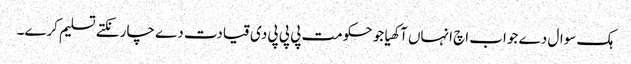
ہک سوال دے جواب اچ انہاں آکھیا جو حکومت پی پی پی دی قیادت دے چار نکتے تسلیم کرے۔